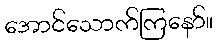
အောင်သောက်ကြနော်။